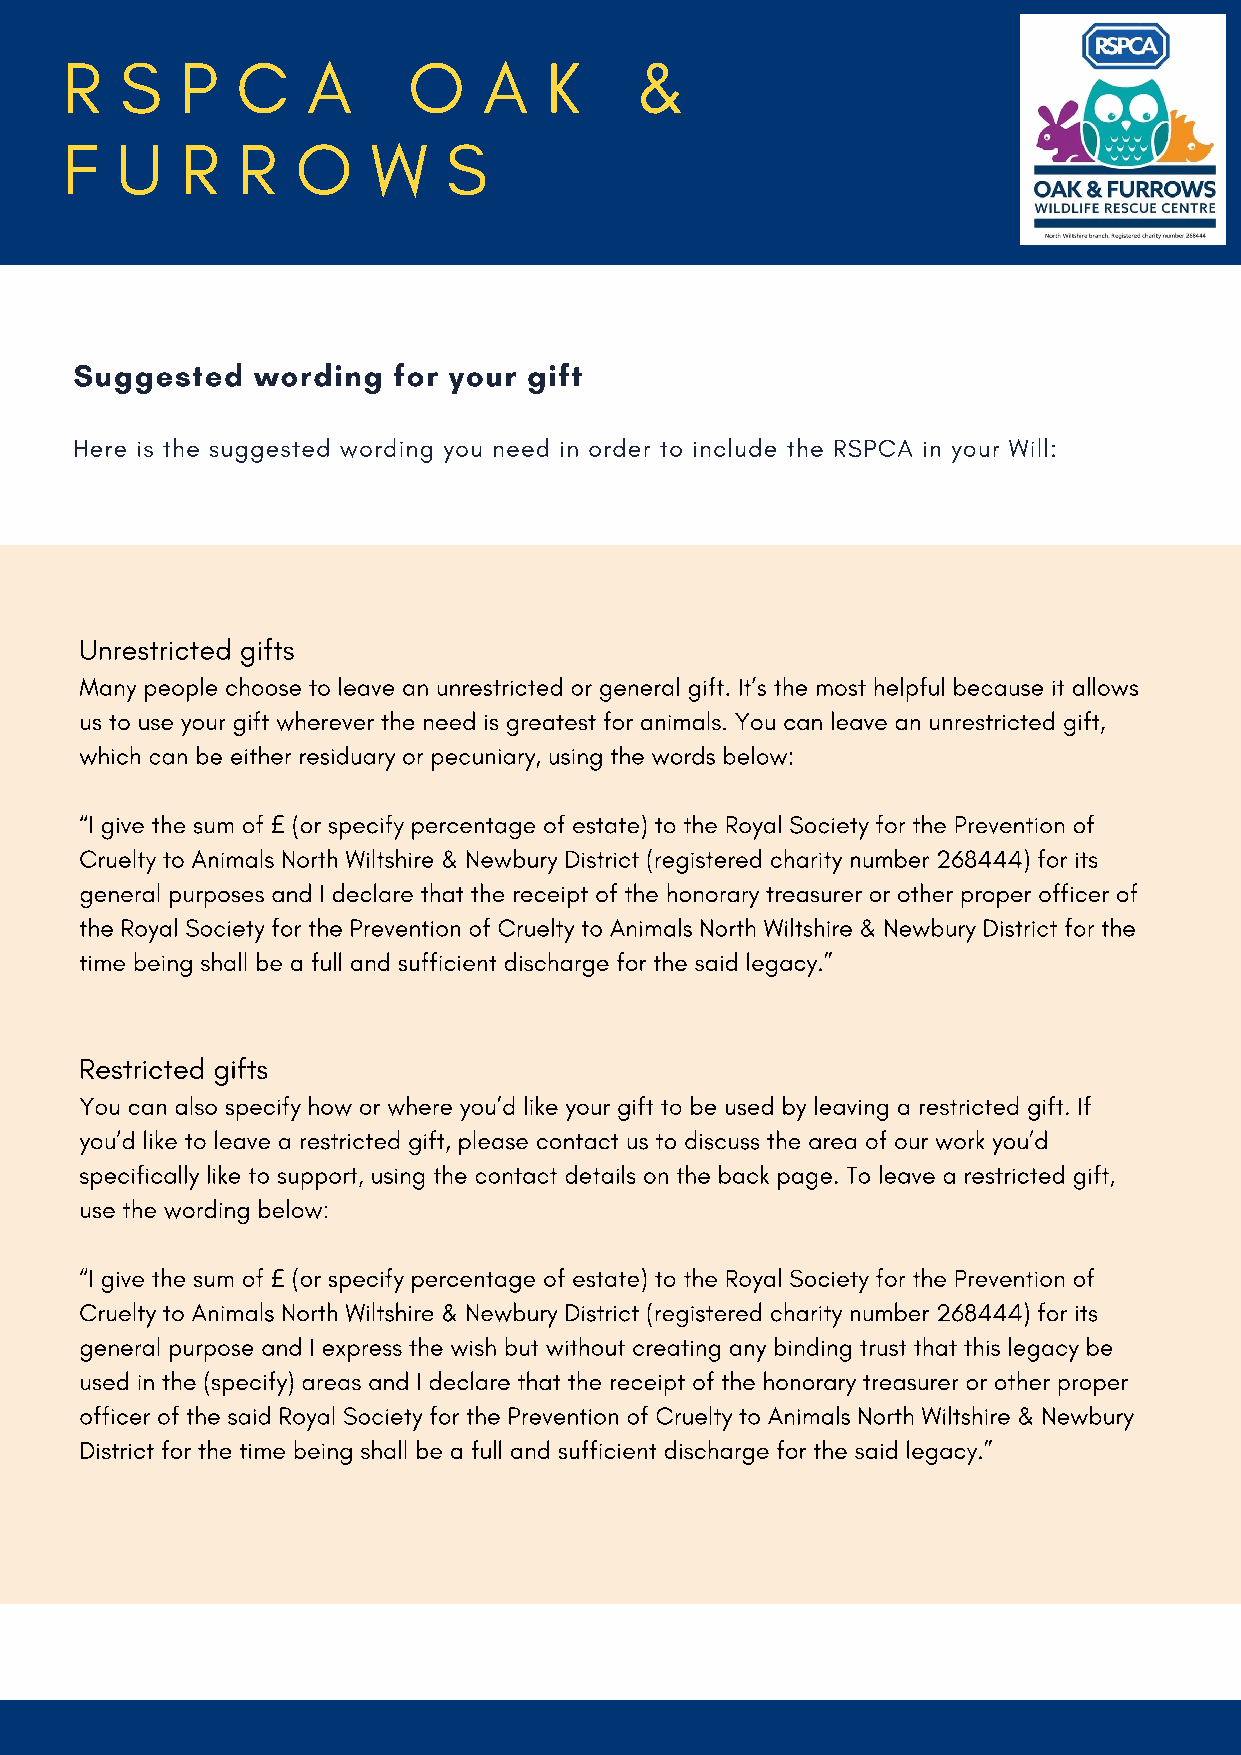
R   S   P   C   A      O    A   K     &
 F   U   R   R   O    W    S
 Suggested   wording  for your gift
 Here is the suggested wording you need in order to include the RSPCA in your Will:
 Unrestricted gifts
 Many people choose to leave an unrestricted or general gift. It’s the most helpful because it allows
 us to use your gift wherever the need is greatest for animals. You can leave an unrestricted gift,
 which can be either residuary or pecuniary, using the words below:
 “I give the sum of (or specify percentage of estate) to the Royal Society for the Prevention of
 £
 Cruelty to Animals North Wiltshire & Newbury District (registered charity number 268444) for its
 general purposes and I declare that the receipt of the honorary treasurer or other proper officer of
 the Royal Society for the Prevention of Cruelty to Animals North Wiltshire & Newbury District for the
 time being shall be a full and sufficient discharge for the said legacy.”
 Restricted gifts
 You can also specify how or where you’d like your gift to be used by leaving a restricted gift. If
 you’d like to leave a restricted gift, please contact us to discuss the area of our work you’d
 specifically like to support, using the contact details on the back page. To leave a restricted gift,
 use the wording below:
 “I give the sum of (or specify percentage of estate) to the Royal Society for the Prevention of
 £
 Cruelty to Animals North Wiltshire & Newbury District (registered charity number 268444) for its
 general purpose and I express the wish but without creating any binding trust that this legacy be
 used in the (specify) areas and I declare that the receipt of the honorary treasurer or other proper
 officer of the said Royal Society for the Prevention of Cruelty to Animals North Wiltshire & Newbury
 District for the time being shall be a full and sufficient discharge for the said legacy.”